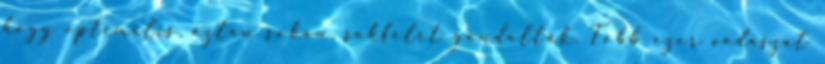
hogy optimális, aztán sokan, sokfélét gondoltak. Több ezer vadászat